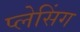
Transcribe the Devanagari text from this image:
प्लेसिंग